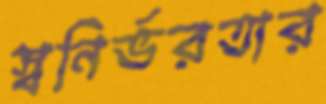
স্বনির্ভরতার